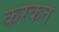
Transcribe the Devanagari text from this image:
करकत